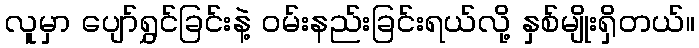
လူမှာ ပျော်ရွှင်ခြင်းနဲ့ ဝမ်းနည်းခြင်းရယ်လို့ နှစ်မျိုးရှိတယ်။